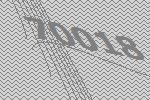
70018